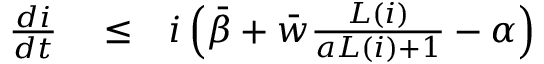
\begin{array} { r l r } { \frac { d i } { d t } } & { { } \le } & { i \left( { \bar { \beta } } + { \bar { w } } \frac { L ( i ) } { a L ( i ) + 1 } - \alpha \right) } \end{array}